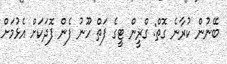
ބޭނުން ކުރާނެ ގޮތް: ގްރީން ޓީގެ ފަތް ހޫނު ފެން ފޮދަކަށް އެޅުމަށް